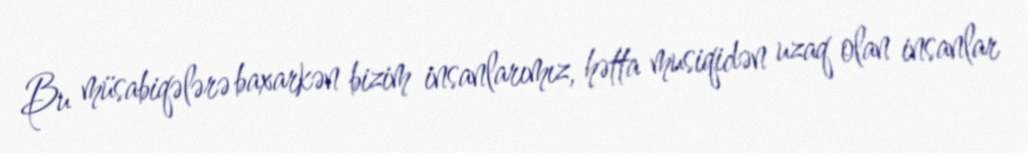
Bu müsabiqələrə baxarkən bizim insanlarımız, hətta musiqidən uzaq olan insanlar